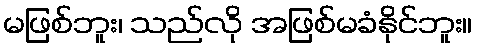
မဖြစ်ဘူး၊ သည်လို အဖြစ်မခံနိုင်ဘူး။